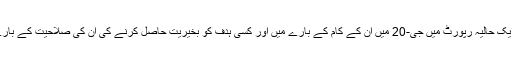
بزنس اسٹینڈرڈ کی ایک حالیہ رپورٹ میں جی-20 میں ان کے کام کے بارے میں اور کسی ہدف کو بخیریت حاصل کرنے کی ان کی صلاحیت کے بارے میں بتایا گیا ہے۔